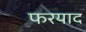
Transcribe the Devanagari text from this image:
फरयाद